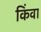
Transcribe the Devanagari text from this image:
किंवा